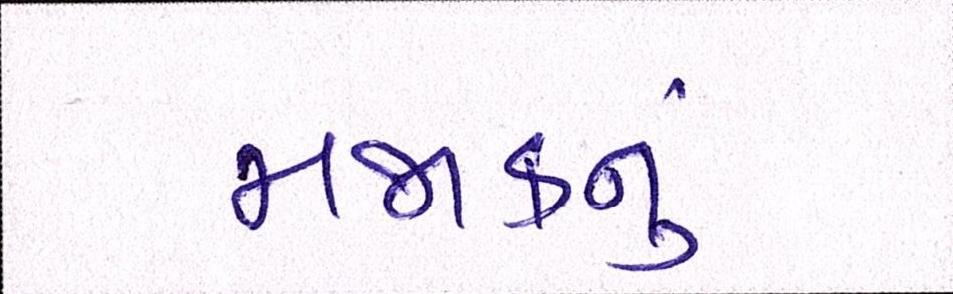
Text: મજાકનું